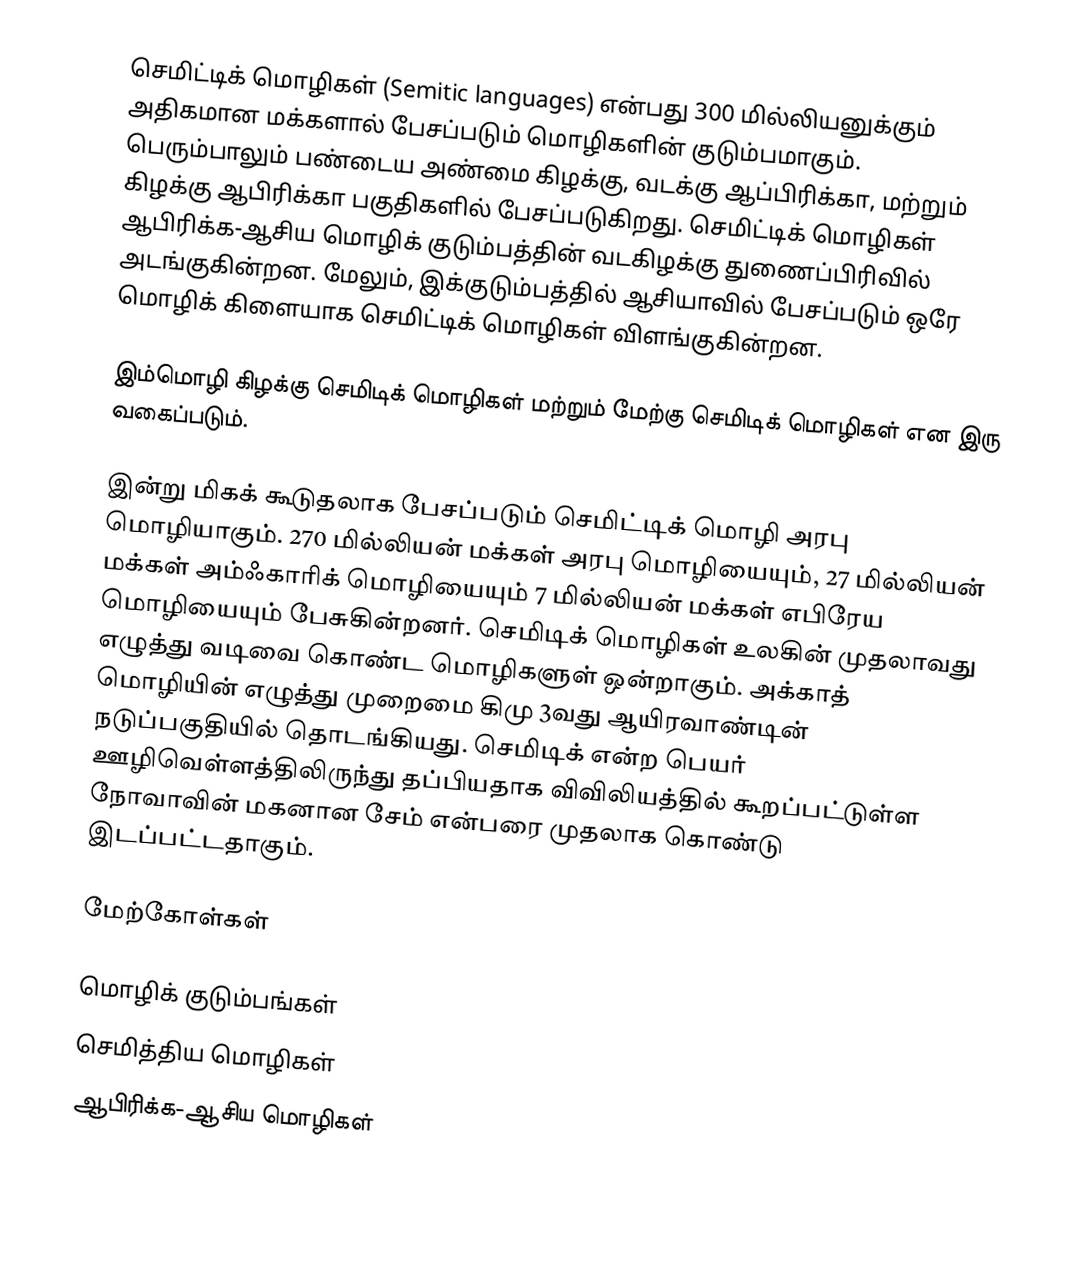
செமிட்டிக் மொழிகள் (Semitic languages) என்பது 300 மில்லியனுக்கும் அதிகமான மக்களால் பேசப்படும் மொழிகளின் குடும்பமாகும். பெரும்பாலும் பண்டைய அண்மை கிழக்கு, வடக்கு ஆப்பிரிக்கா, மற்றும் கிழக்கு ஆபிரிக்கா பகுதிகளில் பேசப்படுகிறது. செமிட்டிக் மொழிகள் ஆபிரிக்க-ஆசிய மொழிக் குடும்பத்தின் வடகிழக்கு துணைப்பிரிவில் அடங்குகின்றன. மேலும், இக்குடும்பத்தில் ஆசியாவில் பேசப்படும் ஒரே மொழிக் கிளையாக செமிட்டிக் மொழிகள் விளங்குகின்றன.

இம்மொழி கிழக்கு செமிடிக் மொழிகள் மற்றும் மேற்கு செமிடிக் மொழிகள் என இரு வகைப்படும்.

இன்று மிகக் கூடுதலாக பேசப்படும் செமிட்டிக் மொழி அரபு மொழியாகும். 270 மில்லியன் மக்கள் அரபு மொழியையும், 27 மில்லியன் மக்கள் அம்ஃகாரிக் மொழியையும் 7 மில்லியன் மக்கள் எபிரேய மொழியையும் பேசுகின்றனர். செமிடிக் மொழிகள் உலகின் முதலாவது எழுத்து வடிவை கொண்ட மொழிகளுள் ஒன்றாகும். அக்காத் மொழியின் எழுத்து முறைமை கிமு 3வது ஆயிரவாண்டின் நடுப்பகுதியில் தொடங்கியது. செமிடிக் என்ற பெயர் ஊழிவெள்ளத்திலிருந்து தப்பியதாக விவிலியத்தில் கூறப்பட்டுள்ள நோவாவின் மகனான சேம் என்பரை முதலாக கொண்டு இடப்பட்டதாகும்.

மேற்கோள்கள்

மொழிக் குடும்பங்கள்
செமித்திய மொழிகள்
ஆபிரிக்க-ஆசிய மொழிகள்